Lunatic asylums Central Provinces reports 1886-1894 - 1886-1894
Year: 1886
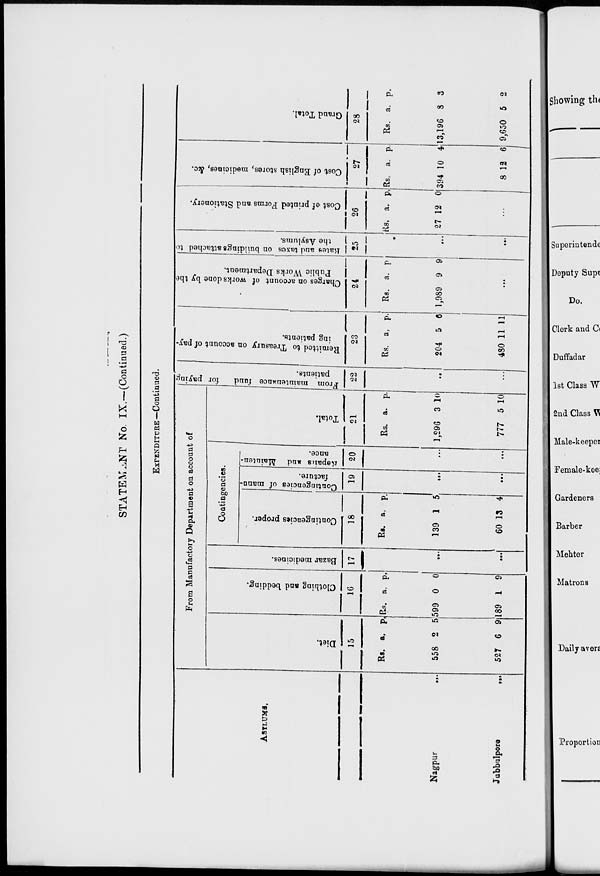
STATEMENT No. IX.––(Continued.)
EXPENDITURE —Continued.
ASYLUMS.
Nagpur
...
Jubbulpore
...
From Manufactory Department on account of
Diet.
15
Rs.
558
527
a.
2
6
p.
5
9
Clothing and bedding.
16
Rs.
599
189
a.
0
1
p.
0
9
Bazar medicines.
17
...
...
Contingencies.
Contingencies proper.
18
Rs.
139
60
a.
1
13
p.
5
4
Contingencies of manu-
facture.
19
...
...
Repairs
and Mainten-
ance.
20
...
...
Total.
21
Rs.
1,296
777
a.
3
5
p.
10
10
From
maintenance fund
for paying
patients.
22
...
...
Remitted to Treasury on account of pay-
ing patients.
23
Rs.
204
480
a.
5
11
p.
6
11
Charges on account of works done by the
Public Works Department.
24
Rs.
1,989
a.
9
p.
9
...
Rates
and taxes on buildings attached to
the Asylums.
25
...
...
Cost of printed Forms and Stationery.
26
Rs.
27
a.
12
p.
0
...
Cost of English stores, medicines, &c.
27
Rs.
394
8
a.
10
12
p.
4
6
Grand Total.
28
Rs.
13,196
9,650
a.
8
5
p.
3
2